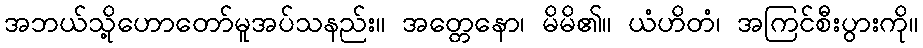
အဘယ်သို့ဟောတော်မူအပ်သနည်း။ အတ္တေနော၊ မိမိ၏။ ယံဟိတံ၊ အကြင်စီးပွားကို။